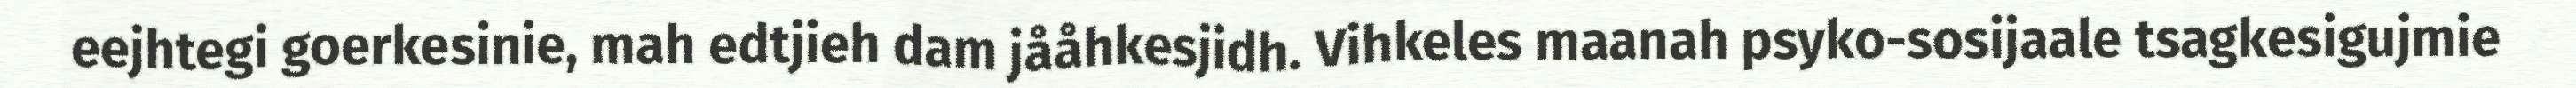
eejhtegi goerkesinie, mah edtjieh dam jååhkesjidh. Vihkeles maanah psyko-sosijaale tsagkesigujmie